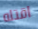
اقتله